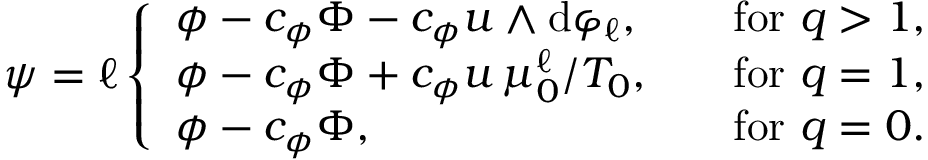
\psi = \ell \left\{ \begin{array} { l l } { \phi - c _ { \phi } \Phi - c _ { \phi } u \wedge \mathrm { d } \varphi _ { \ell } , } & { \quad \mathrm { f o r ~ } q > 1 , } \\ { \phi - c _ { \phi } \Phi + c _ { \phi } u \, \mu _ { 0 } ^ { \ell } / T _ { 0 } , } & { \quad \mathrm { f o r ~ } q = 1 , } \\ { \phi - c _ { \phi } \Phi , } & { \quad \mathrm { f o r ~ } q = 0 . } \end{array} \right.